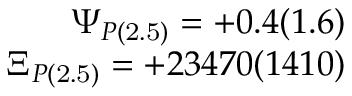
\begin{array} { r } { \Psi _ { P \mathrm { ( 2 . 5 ) } } = + 0 . 4 ( 1 . 6 ) } \\ { \Xi _ { P \mathrm { ( 2 . 5 ) } } = + 2 3 4 7 0 ( 1 4 1 0 ) } \end{array}